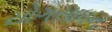
યોગસાધન